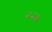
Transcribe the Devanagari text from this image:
२२॥